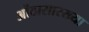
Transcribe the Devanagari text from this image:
ओंठासारख्या